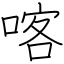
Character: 喀